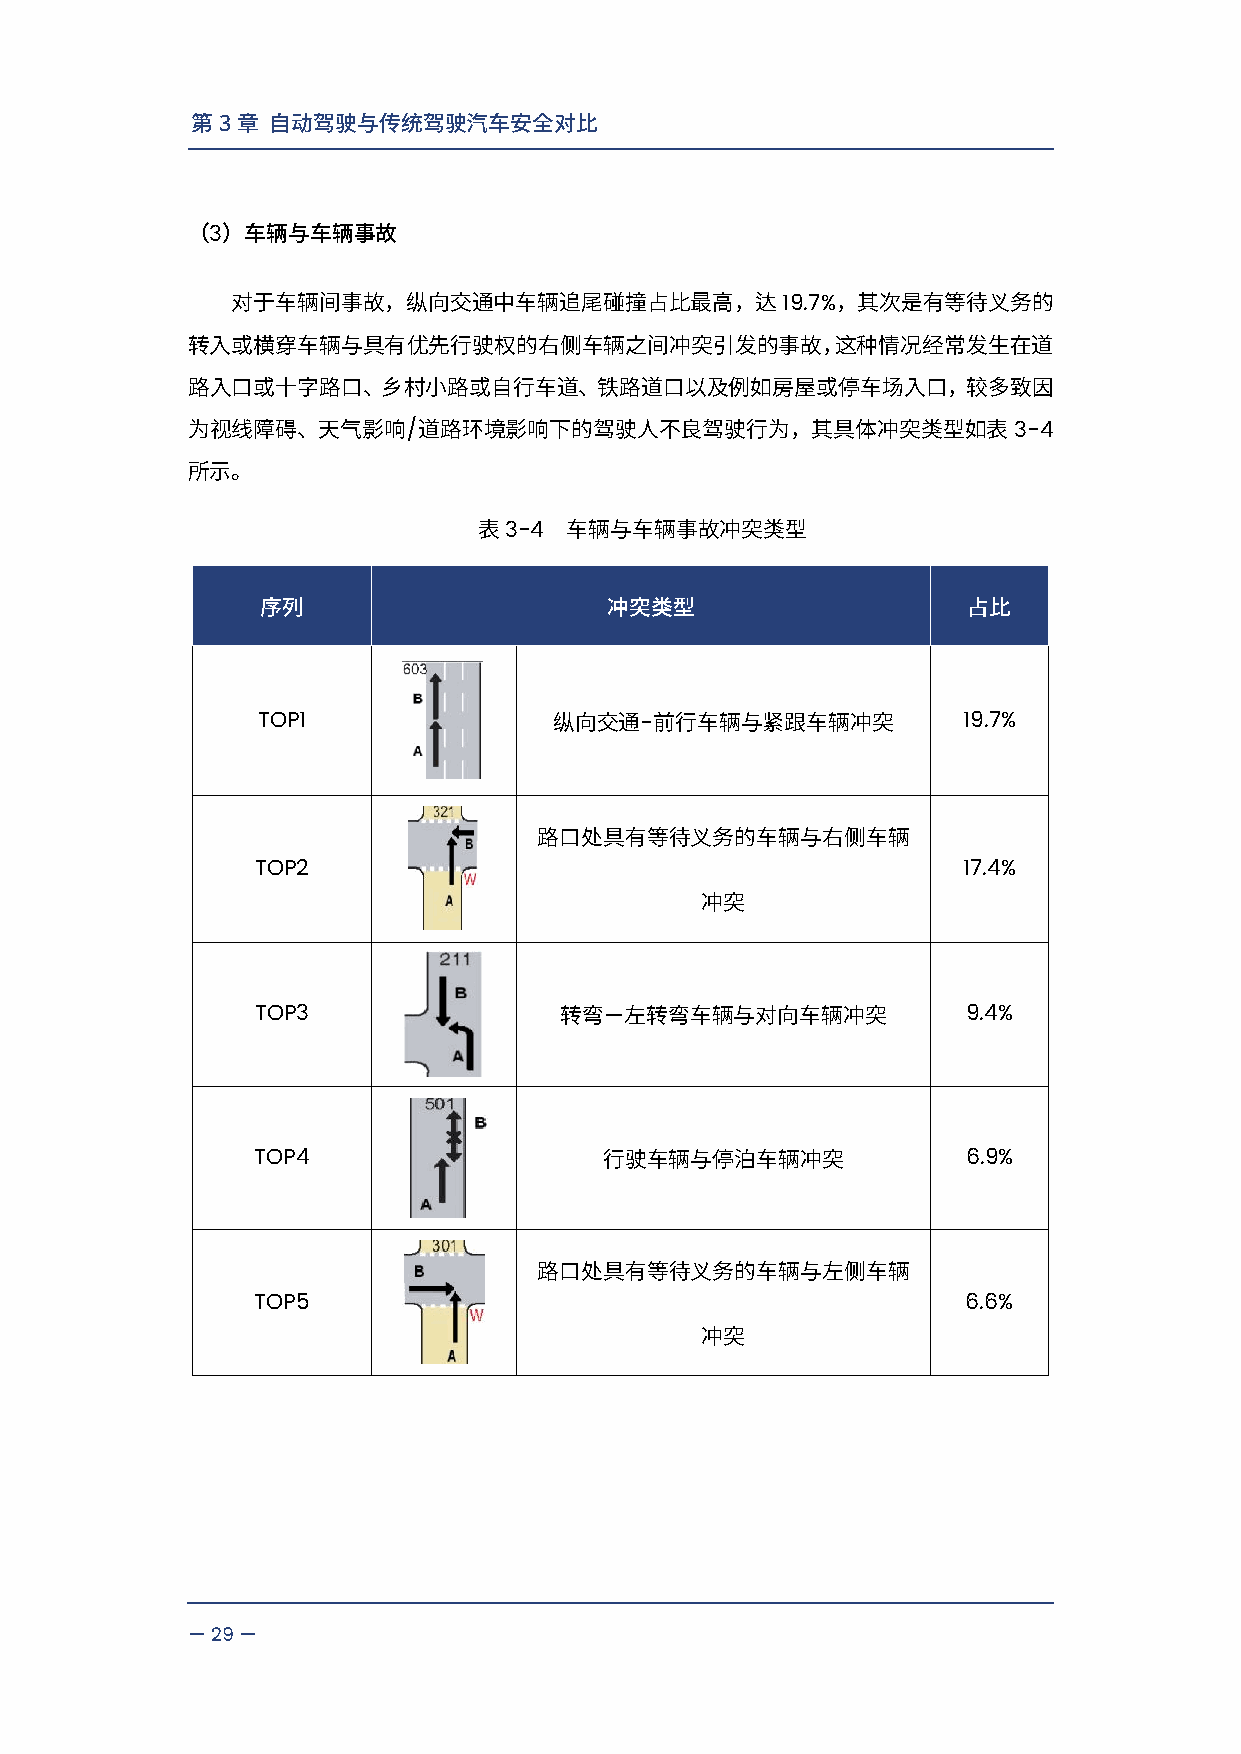
第3章  自动驾驶与传统驾驶汽车安全对比
 3
 （  ）车辆与车辆事故
 19.7%
 对于车辆间事故，纵向交通中车辆追尾碰撞占比最高，达               ，其次是有等待义务的
 转入或横穿车辆与具有优先行驶权的右侧车辆之间冲突引发的事故，这种情况经常发生在道
 路入口或十字路口、乡村小路或自行车道、铁路道口以及例如房屋或停车场入口，较多致因
 /                                       3-4
 为视线障碍、天气影响      道路环境影响下的驾驶人不良驾驶行为，其具体冲突类型如表
 所示。
 3-4
 表    车辆与车辆事故冲突类型
 序列                     冲突类型                    占比
 TOP1                     -                     19.7%
 纵向交通  前行车辆与紧跟车辆冲突
 路口处具有等待义务的车辆与右侧车辆
 TOP2                                           17.4%
 冲突
 TOP3                   —                       9.4%
 转弯  左转弯车辆与对向车辆冲突
 TOP4                                           6.9%
 行驶车辆与停泊车辆冲突
 路口处具有等待义务的车辆与左侧车辆
 TOP5                                           6.6%
 冲突
 —29—